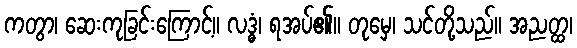
ကတွာ၊ ဆေးကုခြင်းကြောင့်။ လဒ္ဓံ၊ ရအပ်၏။ တုမှေ၊ သင်တို့သည်။ အညတ္ထ၊